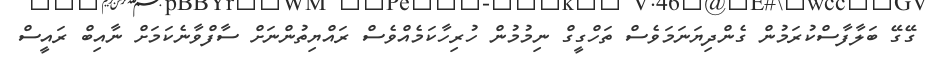
ގޭގޭ ބަލާފާސްކުރަމުން ގެންދިޔަނަމަވެސް ތަހްގީގް ނިމުމުން ހުރިހާކަމެއްވެސް ރައްޔިތުންނަށް ސާފްވާނެކަމަށް ނާއިބް ރައީސް